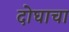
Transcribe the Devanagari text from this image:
दोघाचा